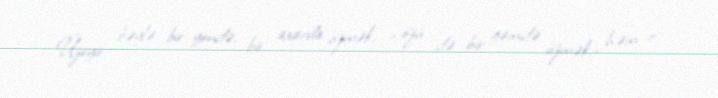
Üzeyir bəylə bir yöndə, bir axarda üzmək, – özü də bir gəmidə üzmək,- həm o